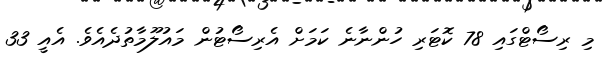
މި ރިސޯޓްގައި 78 ކޮޓަރި ހުންނާނެ ކަމަށް އެރިސޯޓުން މައުލޫމާތުދެއެވެ. އެއީ 33